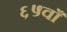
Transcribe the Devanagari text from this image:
६५वाँ